Vaccine operations Central Provinces 1886-1899 - 1886-1899
Year: 1886
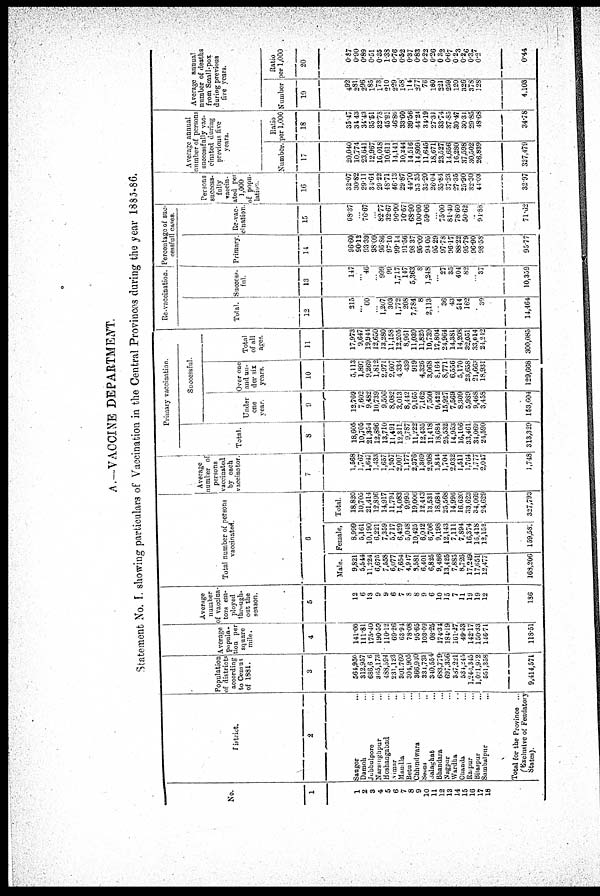
A.—VACCINE DEPARTMENT.
Statement No. I. showing particulars of Vaccination in the Central Provinces during the year 1885-86.
No.
1
1
2
3
4
5
6
7
8
9
10
11
12
13
14
15
16
17
16
District.
2
Sangor ...
Damoh ...
Jubbulpore ...
Narsinghpur ...
Hoshangabad ...
Nimar ...
Maudla ...
Betul ...
Chhindwara ...
Seoni ...
Balaghat ...
Bhandara ...
Nagpur ...
Wardha ...
Chanda ...
Raipur ...
Bilaspur ...
Sambalpur ...
Total for the Province ...
(Exclusive of Feudatory
States).
Population
of districts
according
to Census
of 1881.
3
564,950
312,957
686,606
365,173
438,594
231,123
301,760
304,905
366,940
331,733
340,554
683,779
697,356
387,221
534,245
1,246,345
1,021,972
551,358
9,414,571
Average
popula-
tion per
square
mile.
4
141.06
111.81
175.40
190.59
110.12
69.26
63.94
78.08
95.65
103.09
08.25
174.34
184.19
161.27
49.53
142.17
150.33
146.71
118.51
Average
number
of vaccina-
tors em-
ployed
through-
out the
season.
5
12
6
13
9
9
6
7
8
8
9
6
10
15
7
11
19
19
12
186
Total number of persons
vaccinated.
6
Male.
9,821
5,544
11,224
6,675
7,558
6,077
7,654
4,947
8,581
6,401
6,825
9,486
13,425
7,885
8,726
17,249
17,65l
12,477
168,206
Female.
8,999
5,161
10,190
6,221
7,359
5,717
6,429
5,048
10,425
6,042
6,706
9,198
12,143
7,111
7,894
16,374
16,418
12,152
159,580
Total.
18,820
10,705
21,414
12,896
14,917
11,794
14,083
9,995
19,006
12,443
13,531
18,684
25,568
14,996
16,620
33,623
34,069
24,629
327,793
Average
number of
persons
vaccinated
by each
vaccinator.
7
1,568
1,767
1,647
1,433
1,657
1,957
2,007
1,177
2,376
1,369
2,208
1,844
1,704
2,032
1,511
1,764
1,777
2,017
1,748
Primary vaccination.
Total.
8
18,605
10,705
21,354
12,896
13,710
11,491
12,311
9,787
11,222
12,435
11,418
18,684
25,532
14,953
16,106
33,461
34,069
24,590
313,329
Successful.
Under
one
year
9
12,769
7,602
9,482
10,739
9,506
8,082
3,013
8,442
9,165
7,162
7,500
9,422
15,927
7,569
8,309
5,989
9,468
3,458
153,604
Over one
and un-
der six
years.
10
5,113
1,897
9,269
1,812
2,971
2,607
4,334
439
919
4,326
3,068
8,164
8,771
6,556
5,170
23,658
21,663
18,931
129,668
Total
of all
ages.
11
17,973
9,647
19,944
12,650
13,280
11,158
12,205
8,961
11,039
11,825
10,739
17,804
24,964
14,381
14,208
32,051
33,014
21,242
300,085
Re-vaccination.
Total.
12
215
...
60
...
1,207
303
1,772
208
7,784
8
2,113
...
36
43
514
162
...
39
14,464
Success-
ful
13
147
...
46
...
999
99
1,717
147
5,363
8
1,248
...
27
35
404
82
...
37
10,359
Percentage of suc¬
cessfull cases.
Primary
14
96.60
90.12
93.39
98.09
96.86
97.10
99.14
91.56
99.37
95.09
94.05
95.29
97.78
96.17
88.22
95.79
96.90
98.58
95.77
Re-vac-
cination.
15
68.37
...
76.67
...
82.77
32.67
96.90
70.67
68.90
100.00
59.06
...
75.00
81.40
78.60
50.62
...
91.88
7l.62
Persons
success-
fully
vaccin-
ated per
1,000
of popu¬
lation.
16
32.07
30.82
29.11
34.64
29.22
48.71
46.13
29.87
44.70
35.35
35.20
26.04
35.84
37.23
27.35
25.90
32.30
41.03
32.97
Average annual
number of persons
successfully vac-
cinated during
previous five
years.
Number.
17
20,040
10,774
23,641
12,967
16,018
10,611
14,141
10,244
14,516
14,809
11,645
18,671
23,527
14,656
16,280
37,598
30,502
26,839
327,479
Ratio
per 1,000
18
35.47
34.43
34.43
35.51
32.78
45.91
46.86
33.60
39.56
44.24
34.19
27.31
33.74
37.85
30.47
30.31
29.85
48.63
34.78
Average annual
number of deaths
from Small-pox
during previous
five years.
Number
19
492
281
296
185
173
210
229
158
114
277
76
180
221
259
120
326
378
128
4,103
Ratio
per 1,000
20
0.87
0.90
0.89
0.51
0.35
1.38
0.76
0.52
0.37
0.83
0.22
0.26
0.32
0.67
0.23
0.26
0.37
0.2
0.44